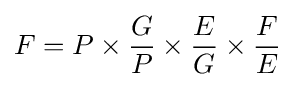
F=P\times {\frac {G}{P}}\times {\frac {E}{G}}\times {\frac {F}{E}}